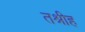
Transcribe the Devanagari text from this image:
तश्रीह